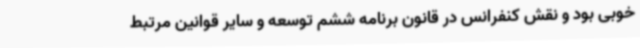
خوبی بود و نقش کنفرانس در قانون برنامه ششم توسعه و سایر قوانین مرتبط